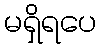
မရှိရပေ